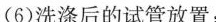
(6)洗涤后的试管放置，